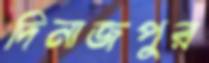
দিনাজপুুর